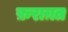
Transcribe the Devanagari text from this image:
फ़राग़त